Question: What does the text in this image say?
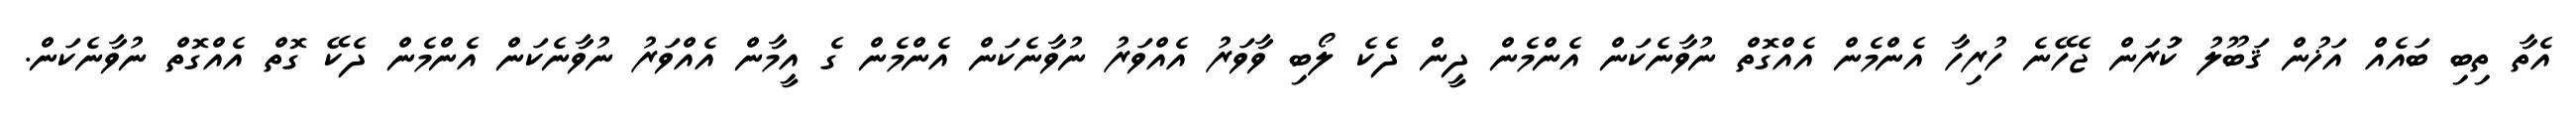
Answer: އެތާ ތިބި ބައެއް އަޚުން ޤަބޫލު ކުަރަން ޖެހޭނެ ހުރިހާ އެންމެން އެއްގޮތް ނުވާނެކަން އެންމެން ދީން ދެކެ ލޯބި ވާވަރު އެއްވަރު ނުވާނެކަން އެންމެން ގެ އީމާން އެއްވަރު ނުވާނެކަން އެންމެން ދެކޭ ގޮތް އެއްގޮތް ނުވާނެކަން.